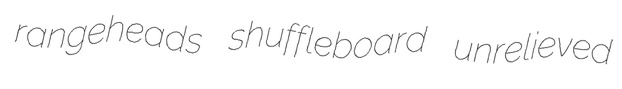
rangeheads shuffleboard unrelieved